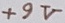
Text: +9V